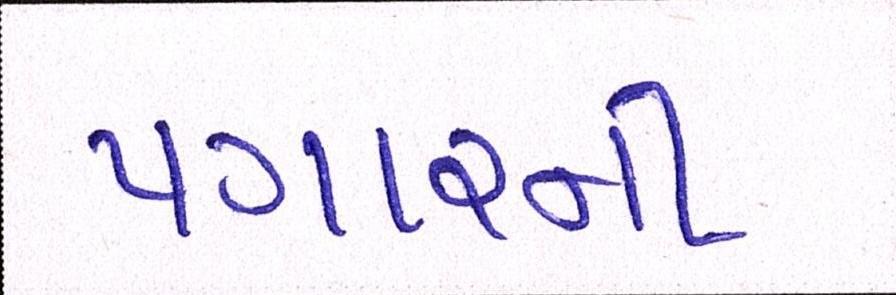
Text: પગારની